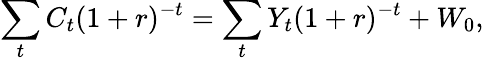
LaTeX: \sum_{t}C_{t}(1+r)^{-t}=\sum_{t}Y_{t}(1+r)^{-t}+W_{0},